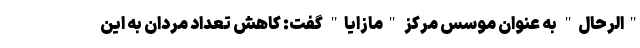
"الرحال" به عنوان موسس مرکز "مازایا" گفت: کاهش تعداد مردان به این